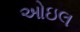
ઓઇલ